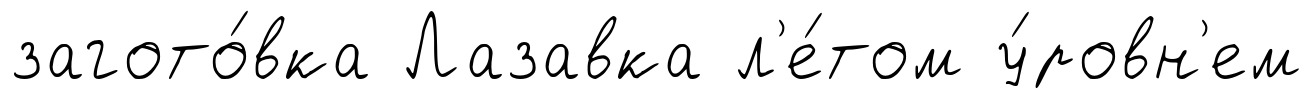
загото́вка Лазавка л'е́том у́ровн'ем